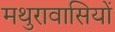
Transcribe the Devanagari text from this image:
मथुरावासियों